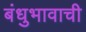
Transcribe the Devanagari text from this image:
बंधुभावाची